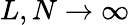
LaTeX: L,N\rightarrow\infty